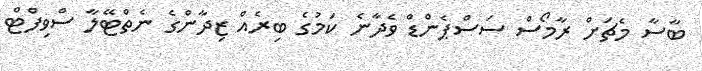
ބާސާ މެޗަށް ރާމޯސް ސަސްޕެންޑް ވެދާނެ ކަމުގެ ބިރެއް ޒިދާންގެ ނެތްޓޭލާ ސްވިފްޓް